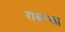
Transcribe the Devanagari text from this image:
रावंग्ला